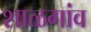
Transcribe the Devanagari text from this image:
शाळगांव